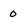
Character: o